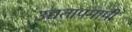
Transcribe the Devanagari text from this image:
उच्चतापमापी